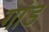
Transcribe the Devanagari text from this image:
गांड